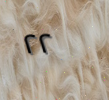
٢٢